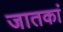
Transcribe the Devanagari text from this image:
जातकां